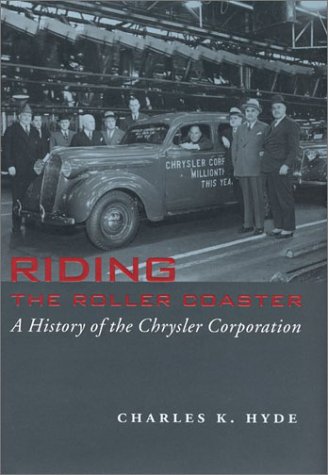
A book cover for Riding the Roller Coaster: A History of the Chrysler Corporation (Great Lakes Books Series); Charles K. Hyde; Business & Money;